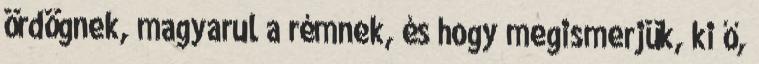
ördögnek, magyarul a rémnek, és hogy megismerjük, ki ő,